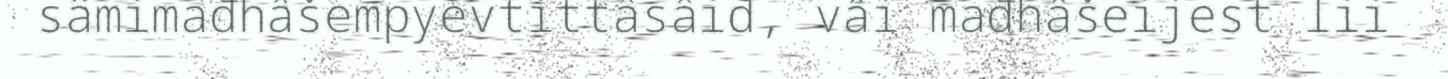
sämimađhâšempyevtittâsâid, vâi mađhâšeijest lii